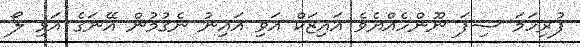
ފުރިހަމަ ސިފަ ނޫންހެއްޔެވެ އައިޒަކް އަވި އައިނު ނެގުމުން އޭނަގެ އަޅި ލޯ